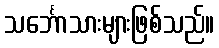
သင်္ဘောသားများဖြစ်သည်။